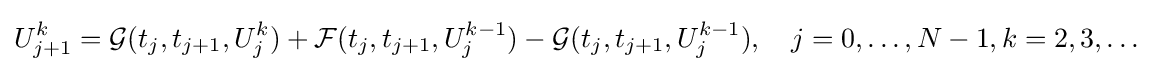
U_{j+1}^{k}={\mathcal {G}}(t_{j},t_{j+1},U_{j}^{k})+{\mathcal {F}}(t_{j},t_{j+1},U_{j}^{k-1})-{\mathcal {G}}(t_{j},t_{j+1},U_{j}^{k-1}),\quad j=0,\ldots ,N-1,k=2,3,\ldots